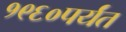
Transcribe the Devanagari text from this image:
१९६०पर्यंत